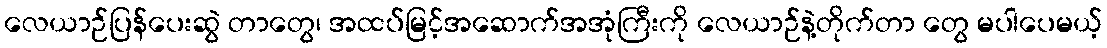
လေယာဉ်ပြန်ပေးဆွဲ တာတွေ၊ အထပ်မြင့်အဆောက်အအုံကြီးကို လေယာဉ်နဲ့တိုက်တာ တွေ မပါပေမယ့်